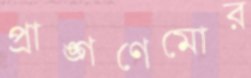
প্রাঙ্গণেমোর